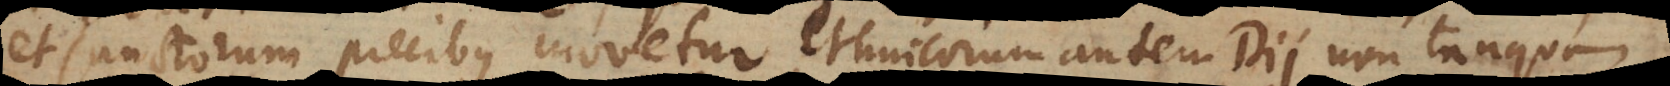
et Sanctorum precibus movetur, Ethnicorum autem Dii non tanquam